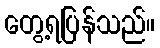
တွေ့ရပြန်သည်။